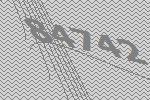
84742